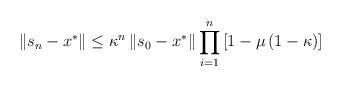
LaTeX: \begin{align*}\left\Vert s_{n}-x^{\ast }\right\Vert \leq \kappa^{n}\left\Vert s_{0}-x^{\ast}\right\Vert \prod_{i=1}^{n}\left[ 1-\mu \left( 1-\kappa\right)\right] \end{align*}